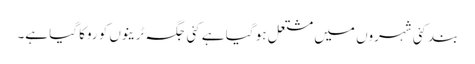
بند کئی شہروں میں مشتعل ہو گیا ہے کئی جگہ ٹرینوں کو روکا گیا ہے۔